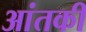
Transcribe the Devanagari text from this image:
आंतकी